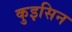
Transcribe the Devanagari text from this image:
कुइसिन